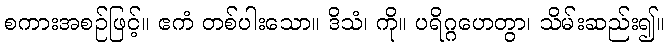
စကားအစဉ်ဖြင့်။ ဧကံ တစ်ပါးသော။ ဒိသံ၊ ကို။ ပရိဂ္ဂဟေတွာ၊ သိမ်းဆည်း၍။